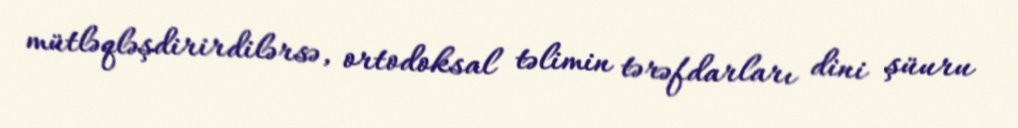
mütləqləşdirirdilərsə, ortodoksal təlimin tərəfdarları dini şüuru